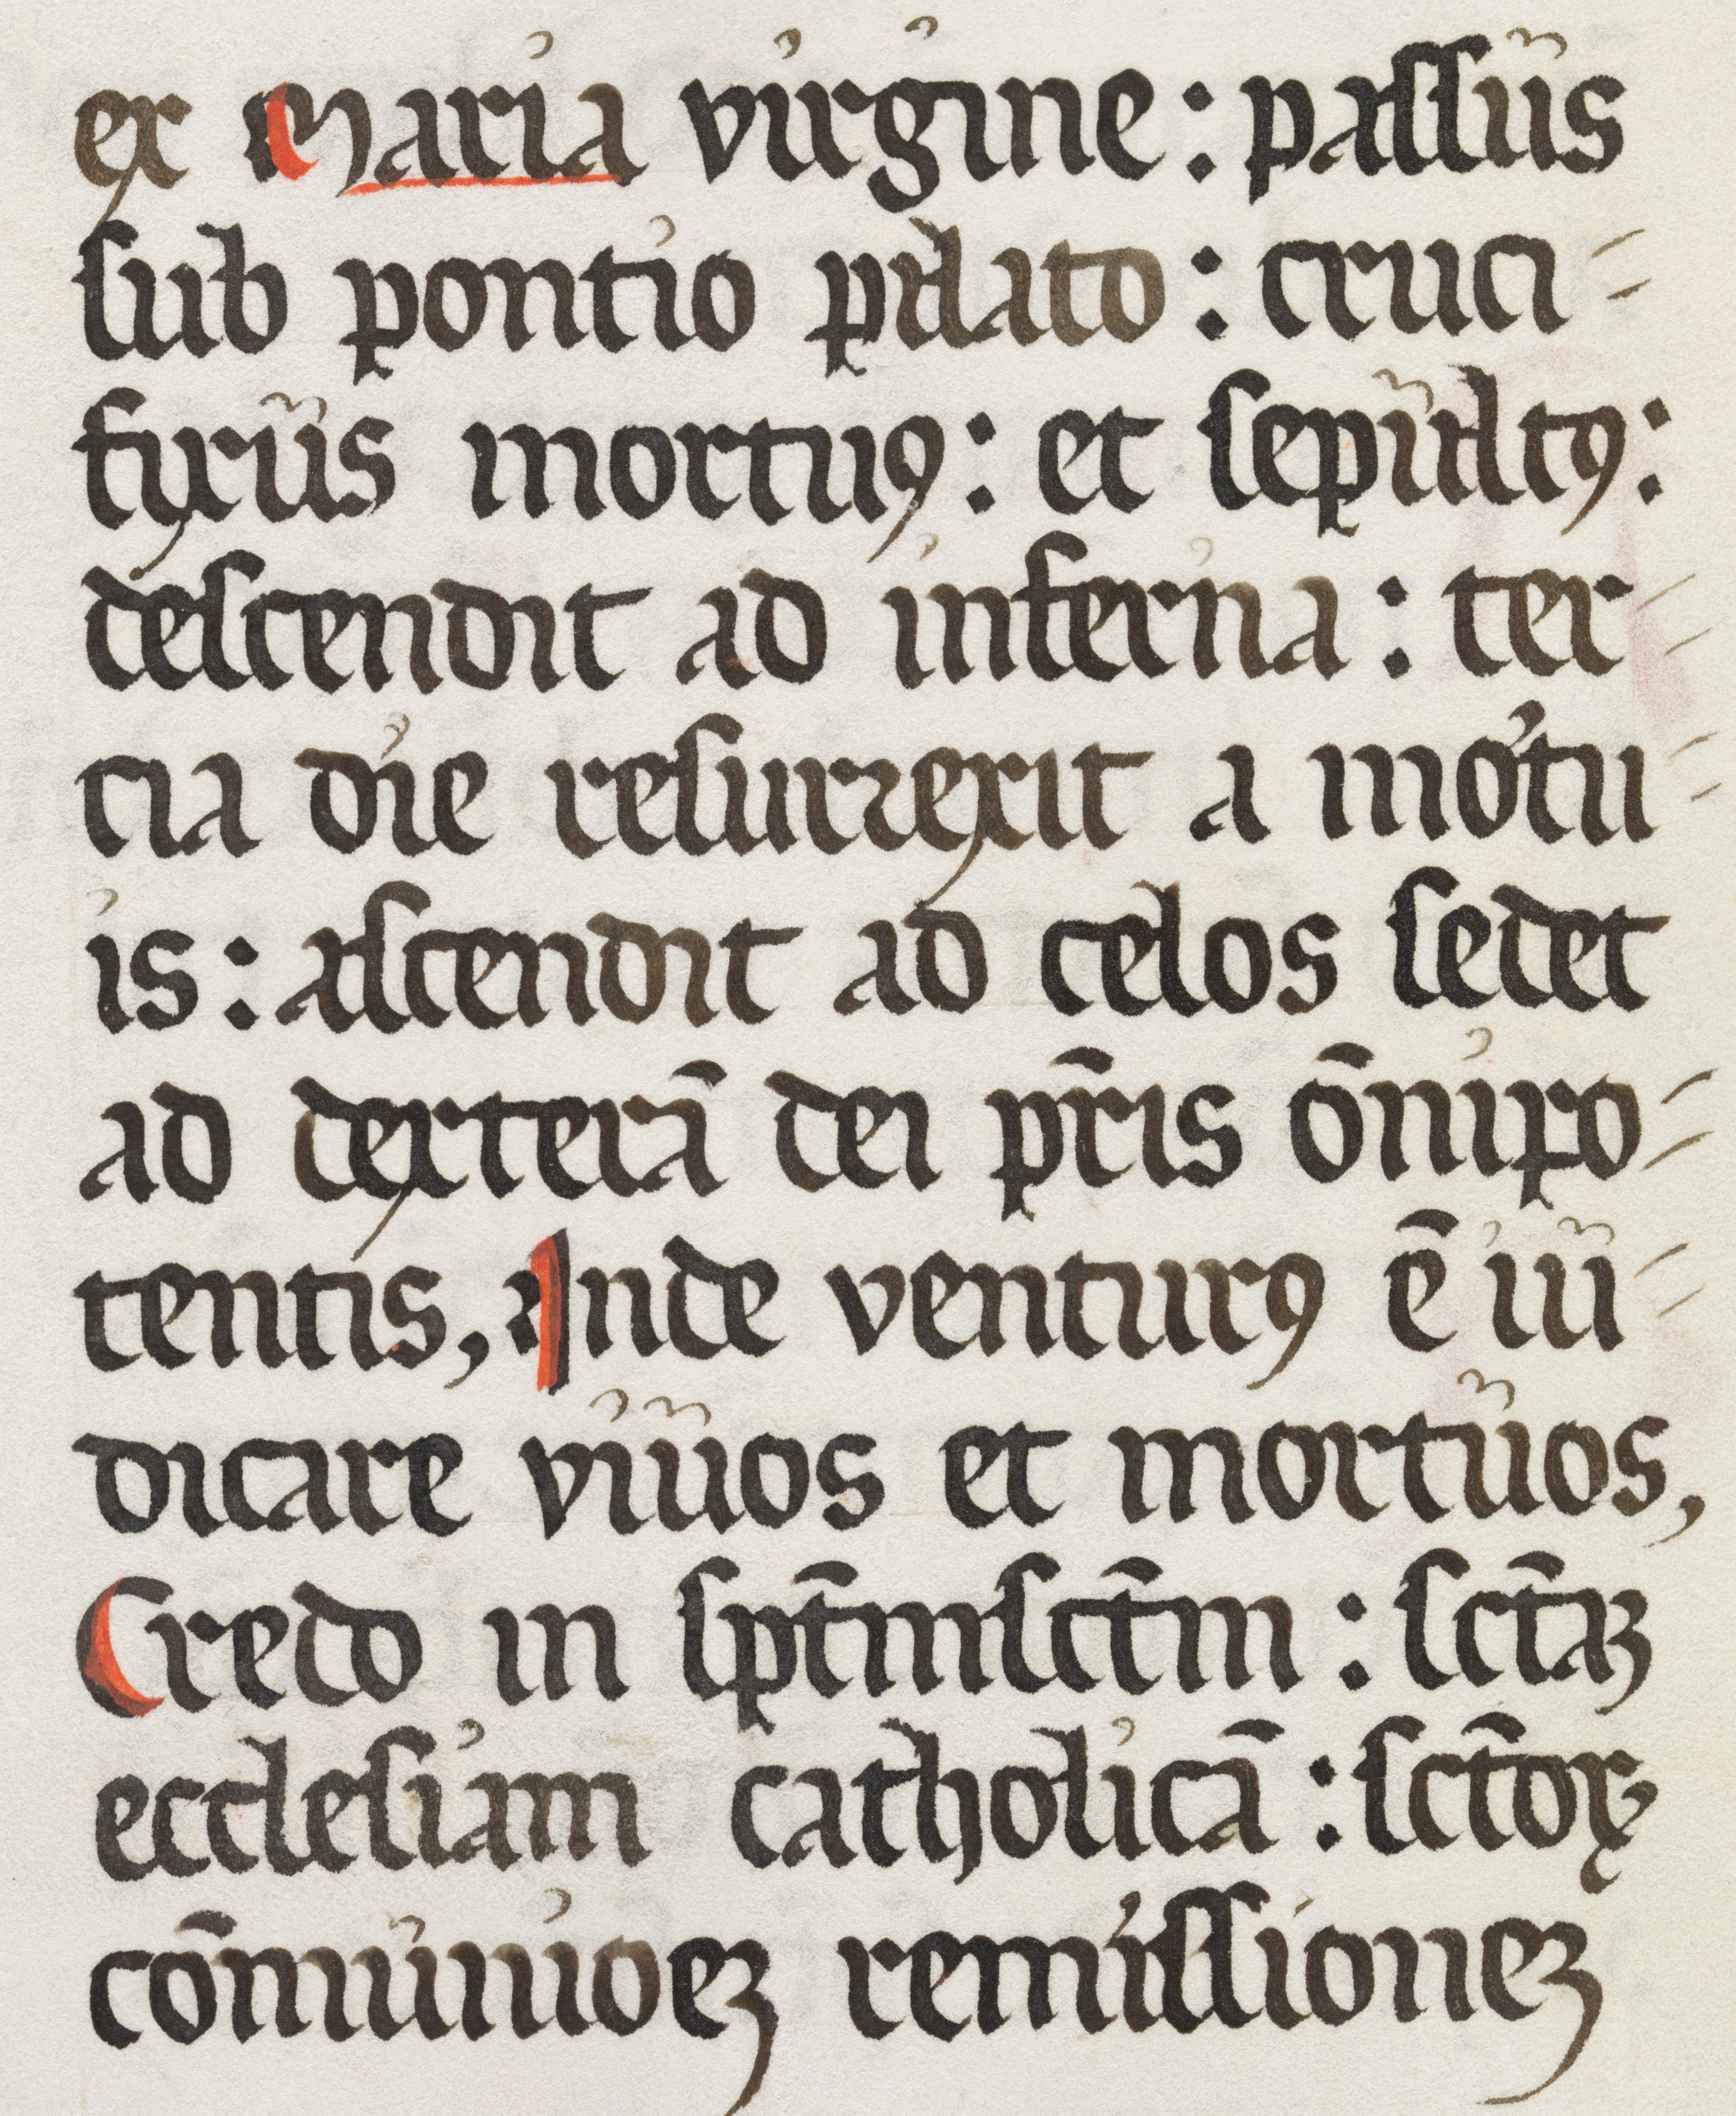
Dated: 1500–1599